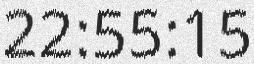
22:55:15